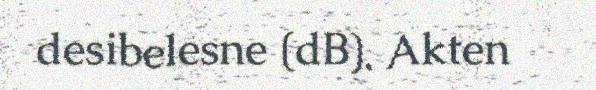
desibelesne (dB). Akten